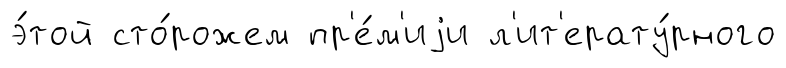
э́той сто́рожем пр'е́м'иjи л'ит'ерату́рного